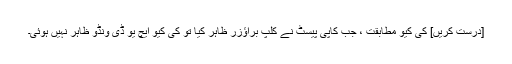
[درست کریں] کی کیو مطابقت ، جب کاپی پیسٹ نے کلپ براؤزر ظاہر کیا تو کی کیو ایچ یو ڈی ونڈو ظاہر نہیں ہوئی۔